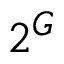
2 ^ { G }